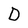
Character: D